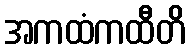
အကထံကထီတိ